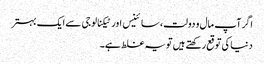
اگر آپ مال و دولت، سائینس اور ٹیکنالوجی سے ایک بہتر
دنیا کی توقع رکھتے ہیں تو یہ غلط ہے۔